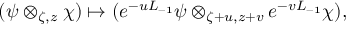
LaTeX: ( \psi \otimes _ { \zeta , z } \chi ) \mapsto ( e ^ { - u L _ { - 1 } } \psi \otimes _ { \zeta + u , z + v } e ^ { - v L _ { - 1 } } \chi ) ,